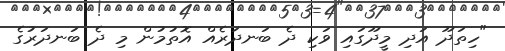
"ހިތަދޫ އަދި މީދޫގައި ވަކި ދެ ބަނދަރެއް އޮތުމުން މި ދެ ބަނދަރުގެ